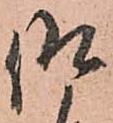
仰